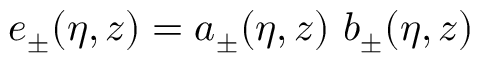
e _ { \pm } ( \eta , z ) = a _ { \pm } ( \eta , z ) ~ b _ { \pm } ( \eta , z )